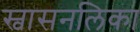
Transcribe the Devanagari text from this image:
स्वासनलिका